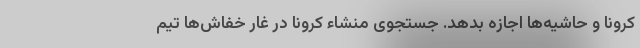
کرونا و حاشیه‌ها اجازه بدهد. جستجوی منشاء کرونا در غار خفاش‌ها تیم